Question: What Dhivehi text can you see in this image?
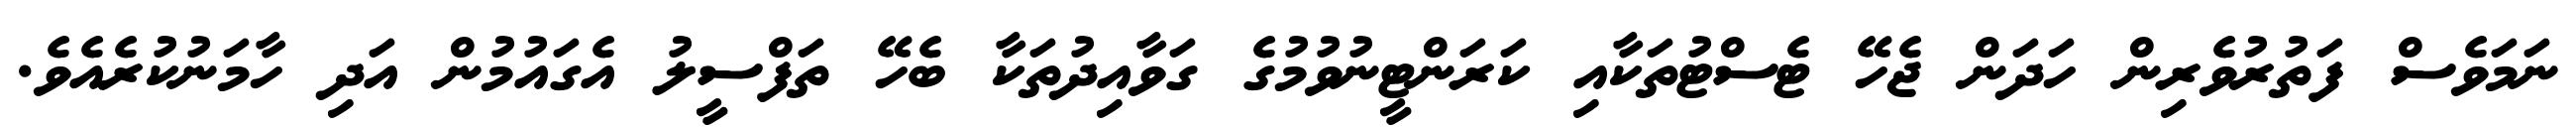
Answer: ނަމަވެސް ފަތުރުވެރިން ހަދަން ޖެހޭ ޓެސްޓުތަކާއި ކަރަންޓީނުވުމުގެ ގަވާއިދުތަކާ ބެހޭ ތަފްސީލު އެގައުމުން އަދި ހާމަނުކުރެއެވެ.